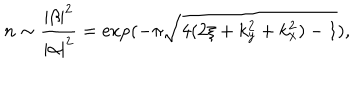
n \sim \frac { \left| \beta \right| ^ { 2 } } { \left| \alpha \right| ^ { 2 } } = \exp ( - \pi \sqrt { 4 ( 2 \xi + k _ { y } ^ { 2 } + k _ { x } ^ { 2 } ) - 1 } ) ,